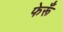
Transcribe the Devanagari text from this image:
फेरूँ